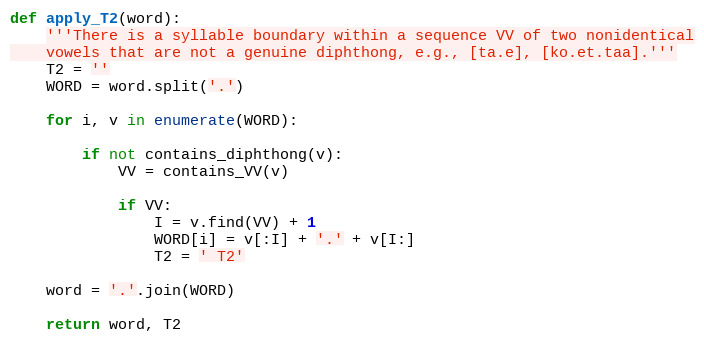
Language: Python
def apply_T2(word):
    '''There is a syllable boundary within a sequence VV of two nonidentical
    vowels that are not a genuine diphthong, e.g., [ta.e], [ko.et.taa].'''
    T2 = ''
    WORD = word.split('.')

    for i, v in enumerate(WORD):

        if not contains_diphthong(v):
            VV = contains_VV(v)

            if VV:
                I = v.find(VV) + 1
                WORD[i] = v[:I] + '.' + v[I:]
                T2 = ' T2'

    word = '.'.join(WORD)

    return word, T2